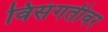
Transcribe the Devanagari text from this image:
विसंगतीवर